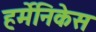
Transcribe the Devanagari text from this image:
हर्मेनिकेस